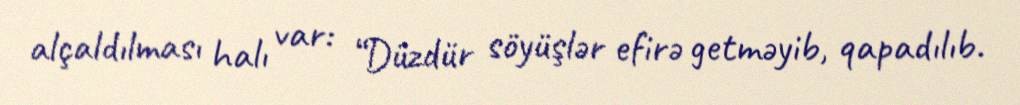
alçaldılması halı var: “Düzdür söyüşlər efirə getməyib, qapadılıb.